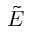
\tilde { E }